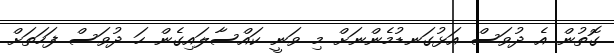
ގޮތުން އެ ދުވަސް އަޅުގަނޑުމެންނަށް މި ވަނީ ކައްސާލައިގެން ހަ ދުވަސް ފަހަތަށް